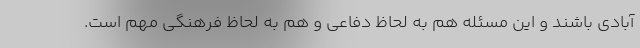
آبادی باشند و این مسئله هم به لحاظ دفاعی و هم به لحاظ فرهنگی مهم است.